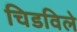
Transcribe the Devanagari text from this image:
चिडविले